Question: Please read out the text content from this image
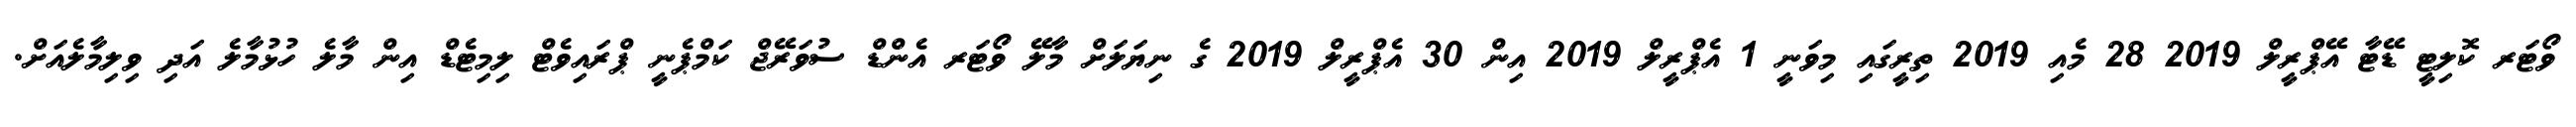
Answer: ވޯޓަރ ކޮލިޓީ ޑޭޓާ އޭޕްރީލް 2019 28 މެއި 2019 ތިރީގައި މިވަނީ 1 އެޕްރީލް 2019 އިން 30 އެޕްރީލް 2019 ގެ ނިޔަލަށް މާލޭ ވޯޓަރ އެންޑް ސުވަރޭޖް ކަމްޕެނީ ޕްރައިވެޓް ލިމިޓެޑް އިން މާލެ ހުޅުމާލެ އަދި ވިލިމާލެއަށް.